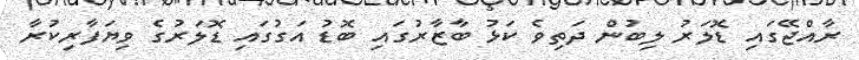
ރާއްޖޭގައި ޑޮލަރު ލިބުން ދަތިވެ ކަޅު ބާޒާރުގައި ބޮޑު އަގުގައި ޑޮލަރުގެ ވިޔަފާރިކުރާ